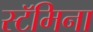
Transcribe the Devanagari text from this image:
स्टॅमिना